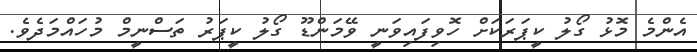
އެންމެ މޮޅު ގޯލު ކީޕަރަކަށް ހޮވިފައިވަނީ ވޭމަންޑޫ ގޯލު ކީޕަރު ތަސްނީމް މުހައްމަދެވެ.